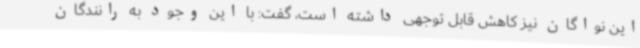
این نواگان نیز کاهش قابل توجهی داشته است، گفت: با این وجود به رانندگان